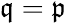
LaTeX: {\mathfrak{q}}={\mathfrak{p}}